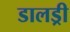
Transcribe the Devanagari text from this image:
डालड्री